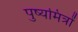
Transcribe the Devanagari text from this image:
पुष्यमित्रों